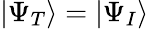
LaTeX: |\Psi_{T}\rangle=|\Psi_{I}\rangle